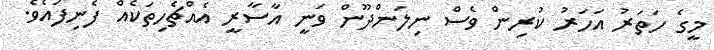
މީގެ ހަތަރު އަހަރު ކުރިން ވެސް ނިލަންދޫން ވަނީ އާސާރީ އެއްޗެހިތަކެއް ފެނިފައެވެ.